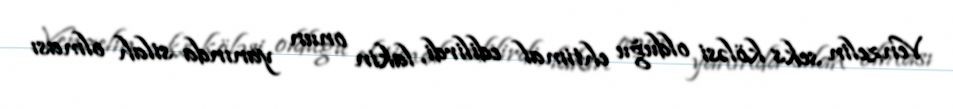
Venzelin seks köləsi olduğu ehtimal edilirdi, lakin onun yanında silah olması